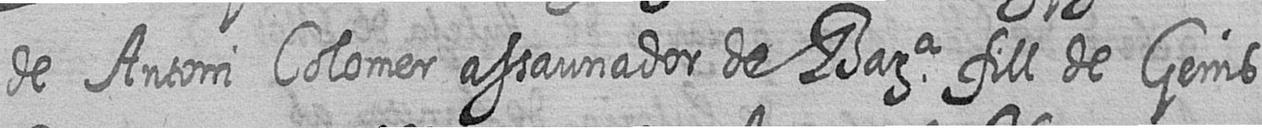
de Antoni Colomer assaunador de Bara fill de Genis